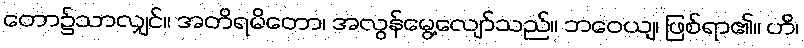
တော၌သာလျှင်။ အတိရမိတော၊ အလွန်မွေ့လျော်သည်။ ဘဝေယျ၊ ဖြစ်ရာ၏။ ဟိ၊